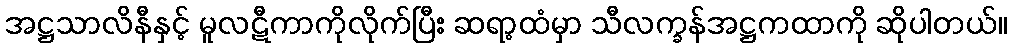
အဋ္ဌသာလိနီနှင့် မူလဋီကာကိုလိုက်ပြီး ဆရာ့ထံမှာ သီလက္ခန်အဋ္ဌကထာကို ဆိုပါတယ်။